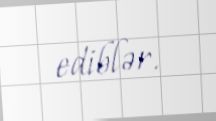
ediblər.